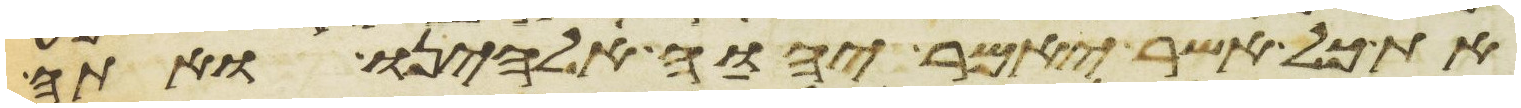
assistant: את כל אשר יאמר יהוה אלהינו ואתה